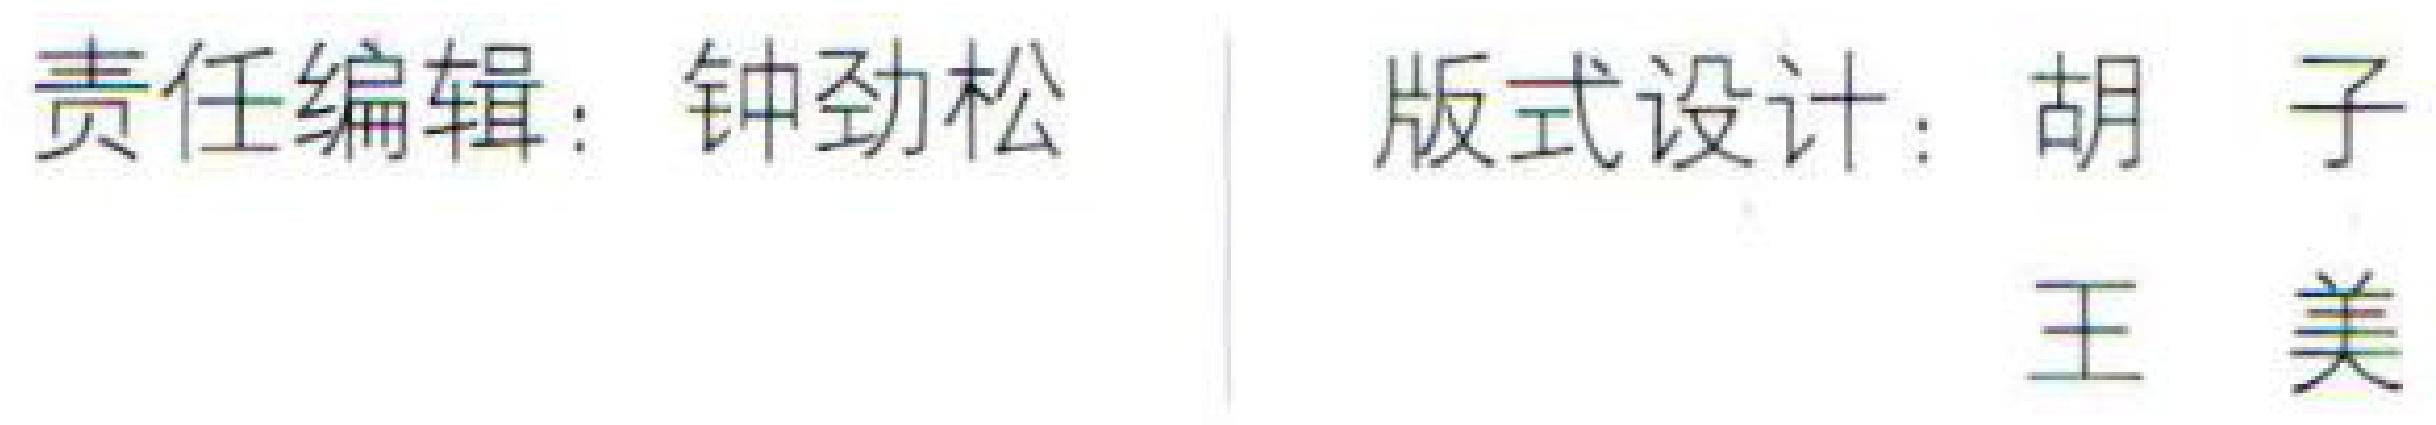
责任编辑：钟劲松  \quad 版式设计：胡 子  \quad 王 美